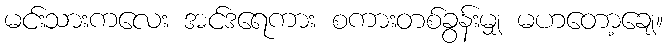
မင်းသားကလေး အင်ဒရေကား စကားတစ်ခွန်းမျှ မဟတော့ချေ။